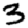
Digit: 3